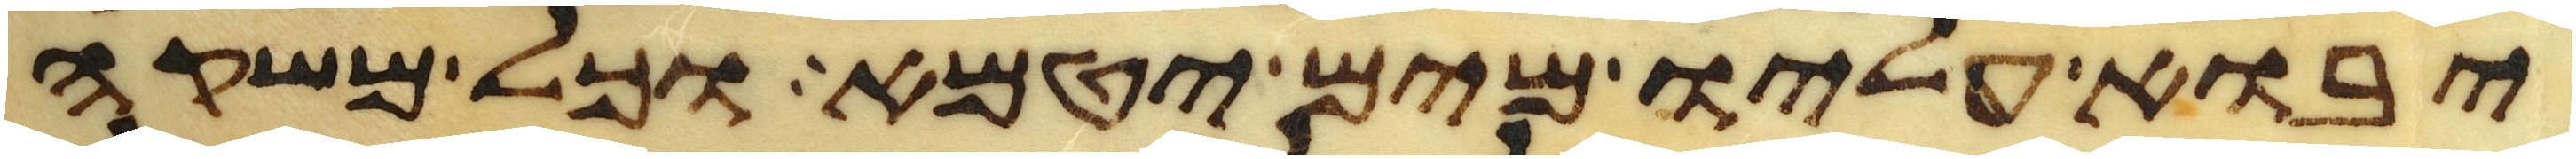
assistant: יבוא עליו מים יטמא וכל משקה